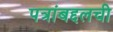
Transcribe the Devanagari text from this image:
पत्रांबद्दलची